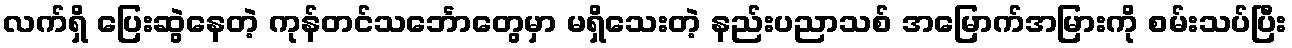
လက်ရှိ ပြေးဆွဲနေတဲ့ ကုန်တင်သင်္ဘောတွေမှာ မရှိသေးတဲ့ နည်းပညာသစ် အမြောက်အမြားကို စမ်းသပ်ပြီး